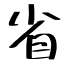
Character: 省